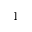
^ { - 1 }